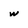
Character: w